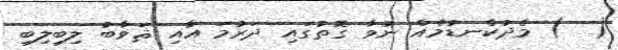
(  ) މެދުކެނޑުމެއް ނުވާ ގޮތުގައި ދަރުމަ އާއި ޘަވާބު ލިބިލިބި